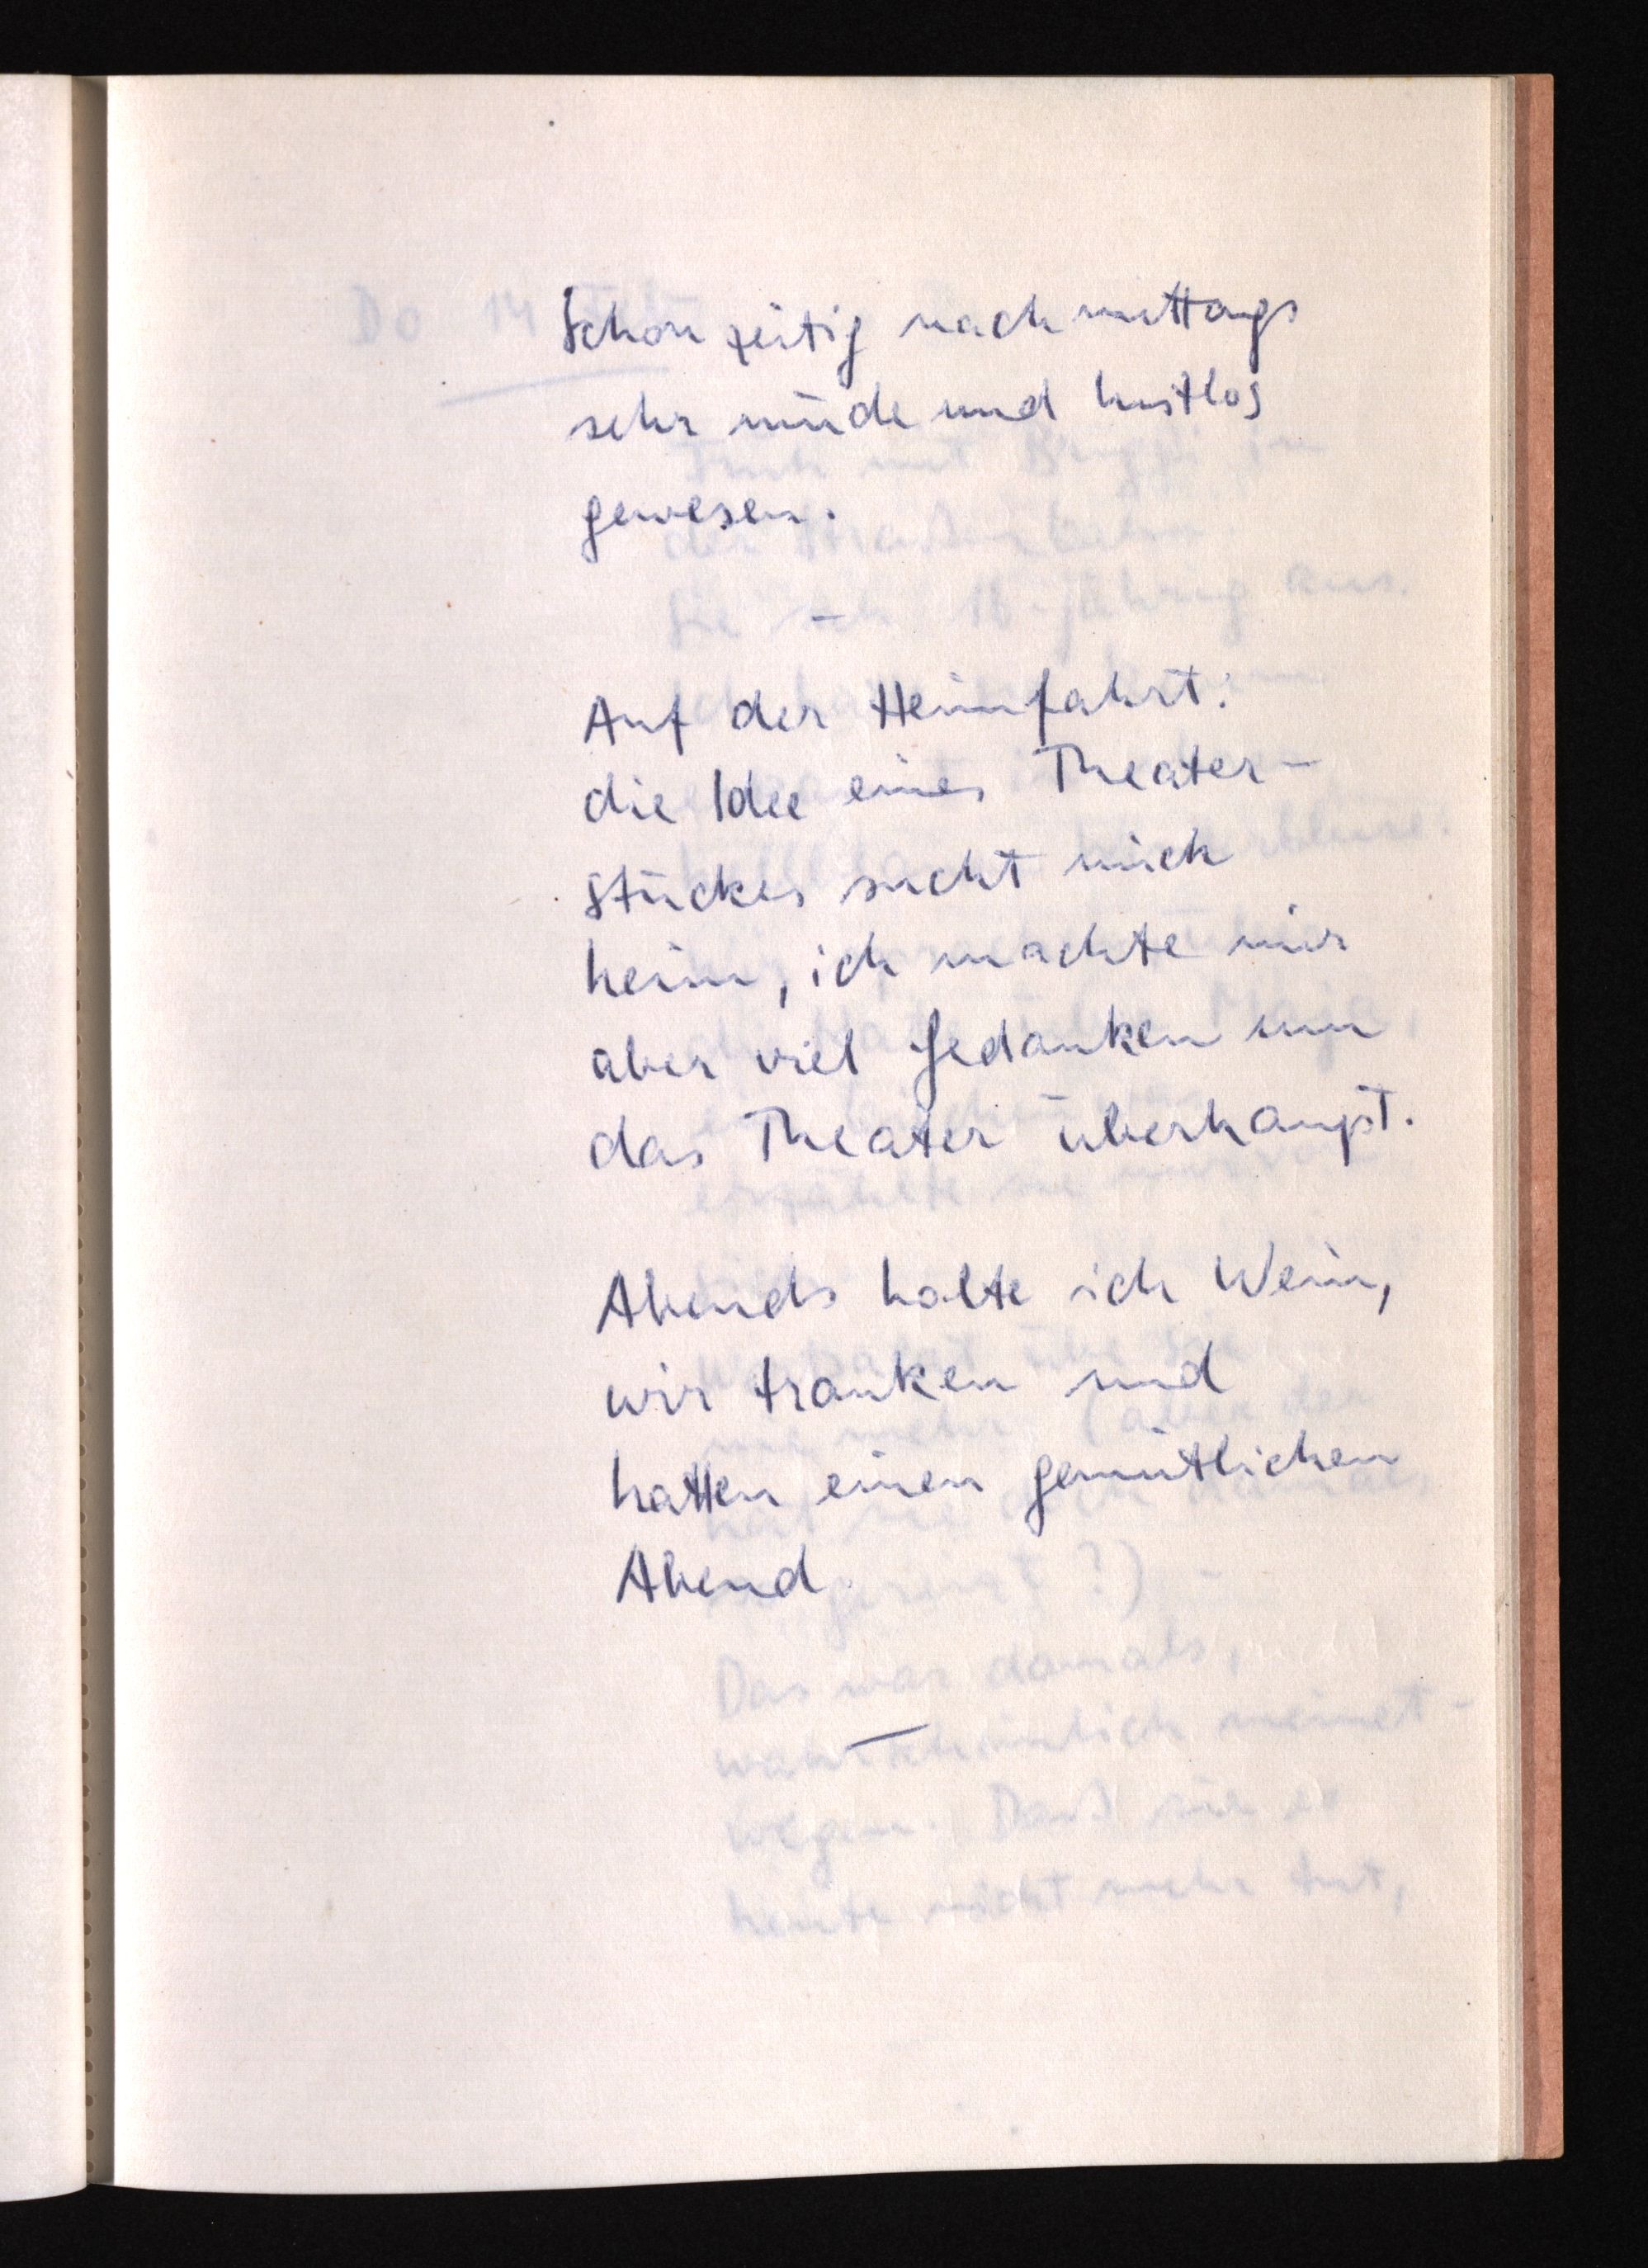
Schon zeitig nachmittags
sehr müde und lustlos
gewesen.
Auf der Heimfahrt:
die Idee eines Theater¬
stückes sucht mich
heim, ich machte mir
aber viel Gedanken um
das Theater überhaupt.
Abends holte ich Wein,
wir tranken und
hatten einen gemütlichen
Abend.